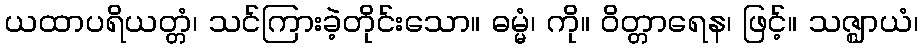
ယထာပရိယတ္တံ၊ သင်ကြားခဲ့တိုင်းသော။ ဓမ္မံ၊ ကို။ ဝိတ္တာရေန၊ ဖြင့်။ သဇ္ဈာယံ၊